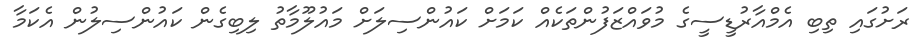
ރަށުގައި ތިބި އެމްއާރުޑީސީގެ މުވައްޒަފުންތަކެއް ކަމަށް ކައުންސިލަށް މައުލޫމާތު ލިބިގެން ކައުންސިލުން އެކަމާ